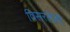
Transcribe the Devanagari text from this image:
विसरलेली